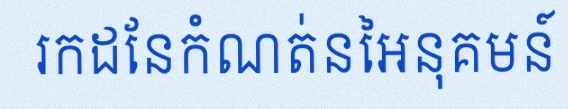
រកដែនកំណត់នៃអនុគមន៍